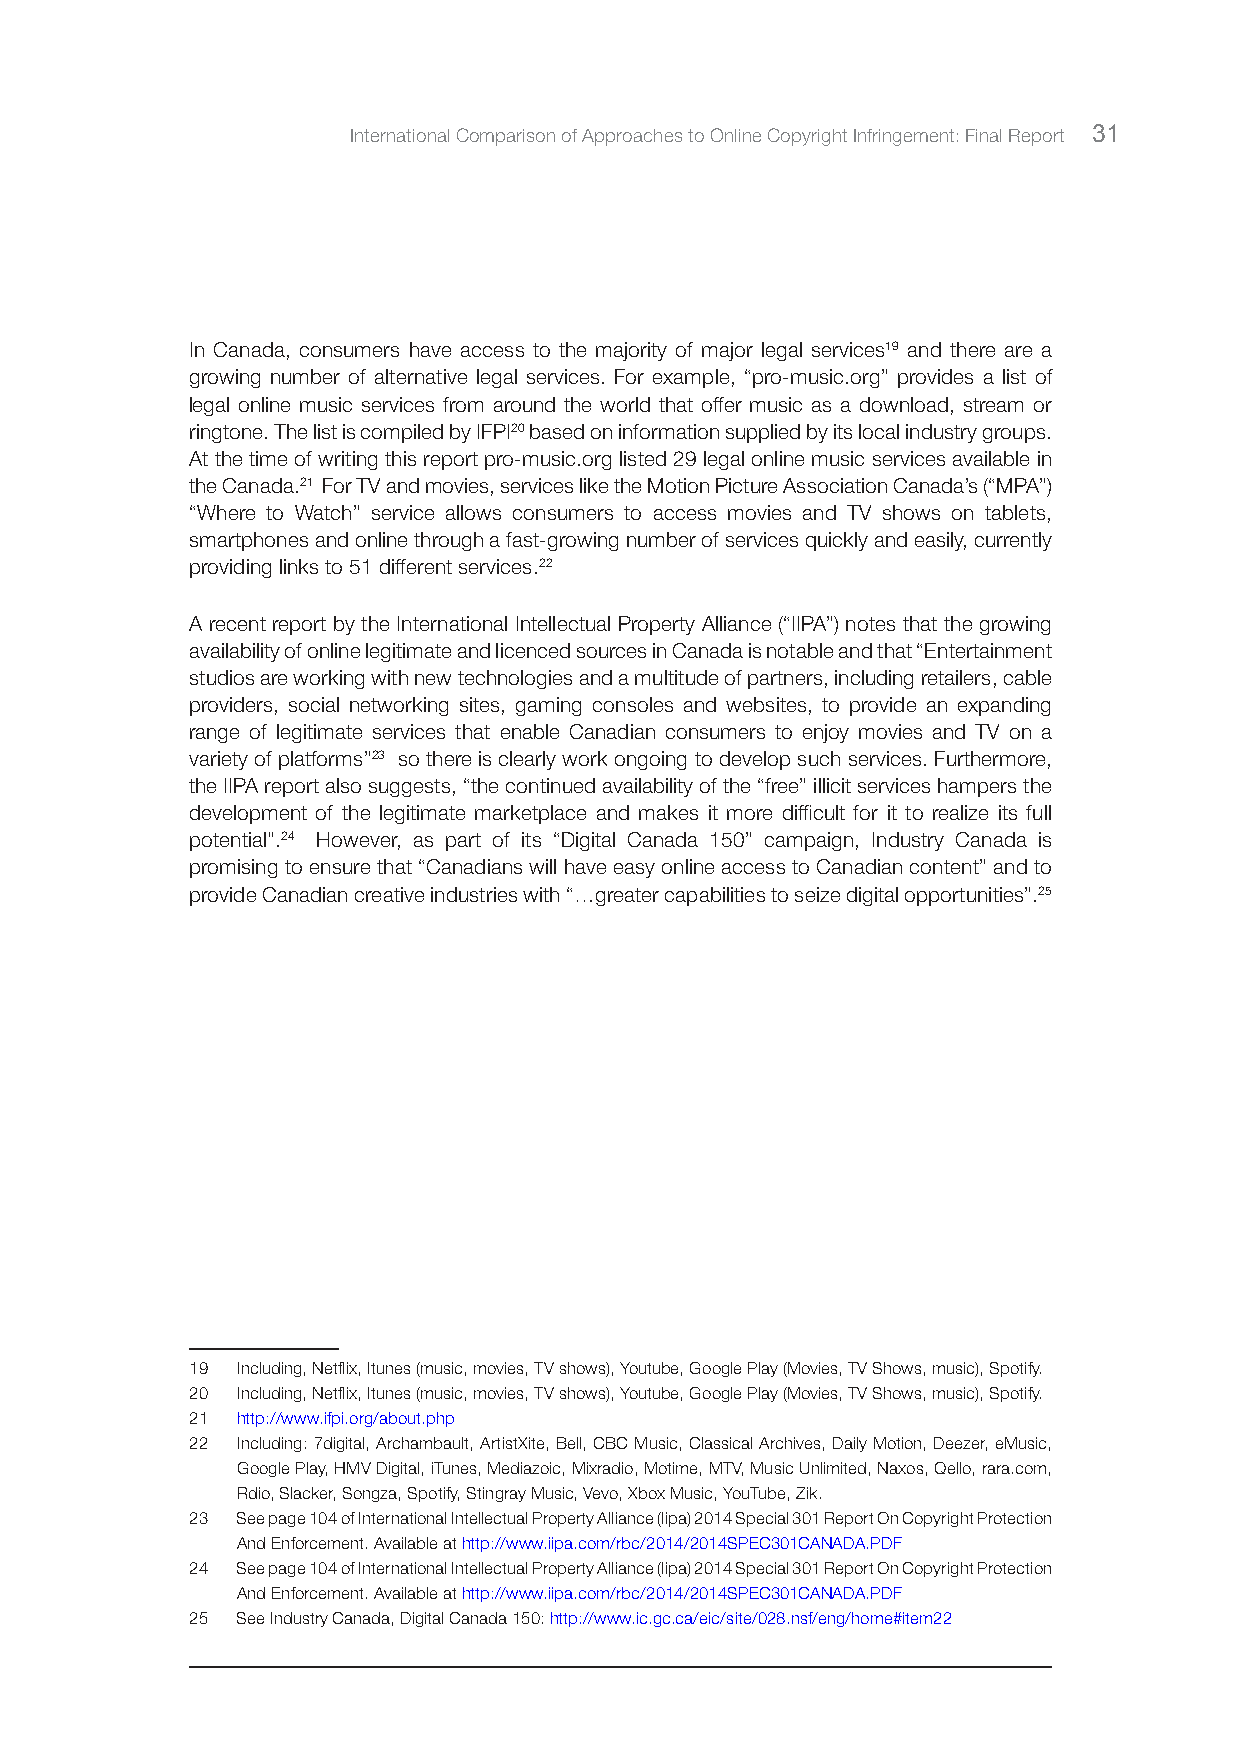
International Comparison of Approaches to Online Copyright Infringement: Final Report 31
 In Canada, consumers have access to the majority of major legal services19 and there are a
 growing number of alternative legal services. For example, “pro-music.org” provides a list of
 legal online music services from around the world that offer music as a download, stream or
 ringtone. The list is compiled by IFPI20 based on information supplied by its local industry groups.
 At the time of writing this report pro-music.org listed 29 legal online music services available in
 the Canada.21 For TV and movies, services like the Motion Picture Association Canada’s (“MPA”)
 “Where to Watch” service allows consumers to access movies and TV shows on tablets,
 smartphones and online through a fast-growing number of services quickly and easily, currently
 providing links to 51 different services.22
 A recent report by the International Intellectual Property Alliance (“IIPA”) notes that the growing
 availability of online legitimate and licenced sources in Canada is notable and that “Entertainment
 studios are working with new technologies and a multitude of partners, including retailers, cable
 providers, social networking sites, gaming consoles and websites, to provide an expanding
 range of legitimate services that enable Canadian consumers to enjoy movies and TV on a
 variety of platforms”23 so there is clearly work ongoing to develop such services. Furthermore,
 the IIPA report also suggests, “the continued availability of the “free” illicit services hampers the
 development of the legitimate marketplace and makes it more difficult for it to realize its full
 potential".24 However, as part of its “Digital Canada 150” campaign, Industry Canada is
 promising to ensure that “Canadians will have easy online access to Canadian content” and to
 provide Canadian creative industries with “…greater capabilities to seize digital opportunities”.25
 19 Including, Netflix, Itunes (music, movies, TV shows), Youtube, Google Play (Movies, TV Shows, music), Spotify.
 20 Including, Netflix, Itunes (music, movies, TV shows), Youtube, Google Play (Movies, TV Shows, music), Spotify.
 21 http://www.ifpi.org/about.php
 22 Including: 7digital, Archambault, ArtistXite, Bell, CBC Music, Classical Archives, Daily Motion, Deezer, eMusic,
 Google Play, HMV Digital, iTunes, Mediazoic, Mixradio, Motime, MTV, Music Unlimited, Naxos, Qello, rara.com,
 Rdio, Slacker, Songza, Spotify, Stingray Music, Vevo, Xbox Music, YouTube, Zik.
 23 See page 104 of International Intellectual Property Alliance (Iipa) 2014 Special 301 Report On Copyright Protection
 And Enforcement. Available at http://www.iipa.com/rbc/2014/2014SPEC301CANADA.PDF
 24 See page 104 of International Intellectual Property Alliance (Iipa) 2014 Special 301 Report On Copyright Protection
 And Enforcement. Available at http://www.iipa.com/rbc/2014/2014SPEC301CANADA.PDF
 25 See Industry Canada, Digital Canada 150: http://www.ic.gc.ca/eic/site/028.nsf/eng/home#item22